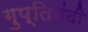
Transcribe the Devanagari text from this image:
गुप्तिनंदी